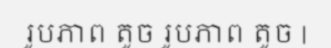
រូបភាព តូច រូបភាព តូច |